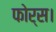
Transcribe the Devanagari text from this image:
फोर्स।